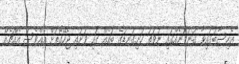
އެހިސާބުގައިވާ ގުނަވަނެއްގައި ނުވަތަ ހަށިގަނޑުގެ ބައެއް ގައި ވަށައި ޖެހޭގޮތަށް އެއްވެސް އެއްޗެއް